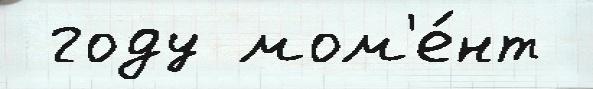
 году мом'е́нт